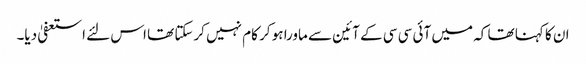
ان کا کہنا تھا کہ میں آئی سی سی کے آئین سے ماورا ہو کر کام نہیں کرسکتا تھا اس لئے استعفیٰ دیا۔